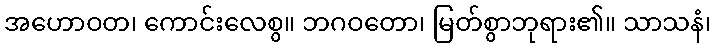
အဟောဝတ၊ ကောင်းလေစွ။ ဘဂဝတော၊ မြတ်စွာဘုရား၏။ သာသနံ၊